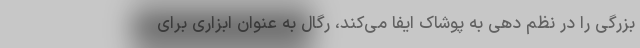
بزرگی را در نظم دهی به پوشاک ایفا می‌کند، رگال به عنوان ابزاری برای